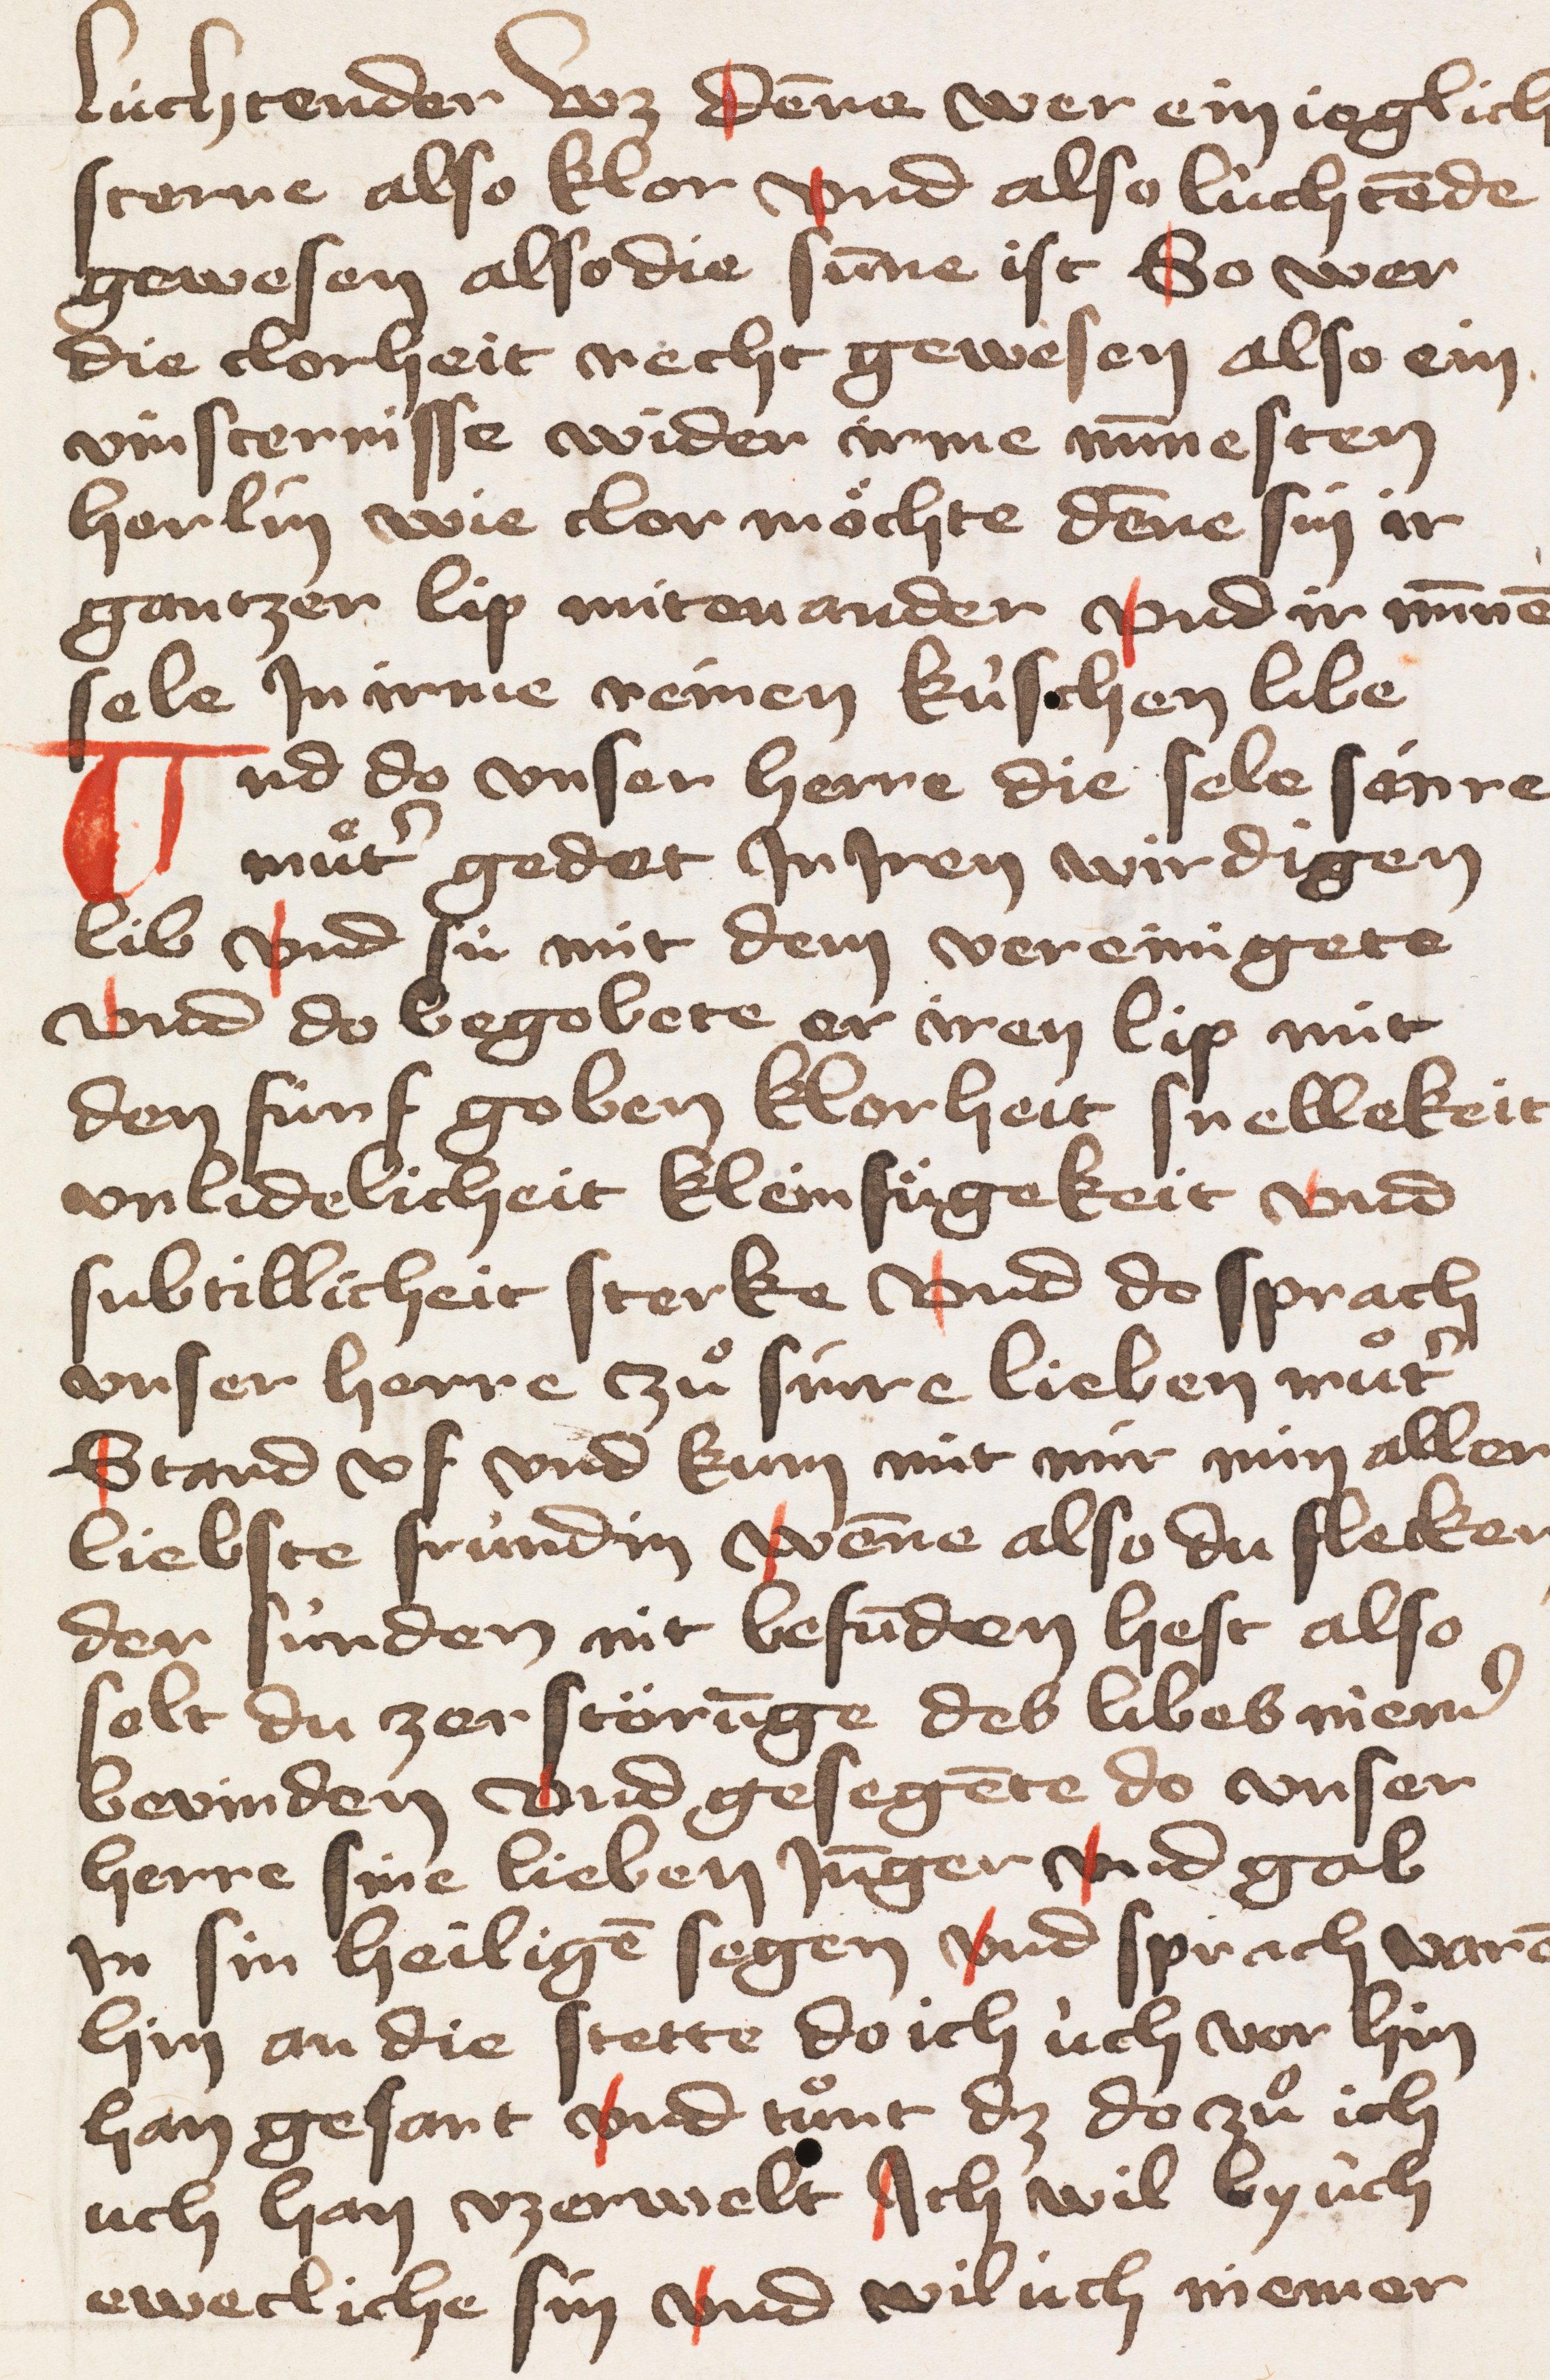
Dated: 1428–1428